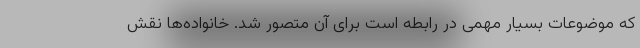
که موضوعات بسیار مهمی در رابطه است برای آن متصور شد. خانواده‌ها نقش